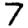
Digit: 7